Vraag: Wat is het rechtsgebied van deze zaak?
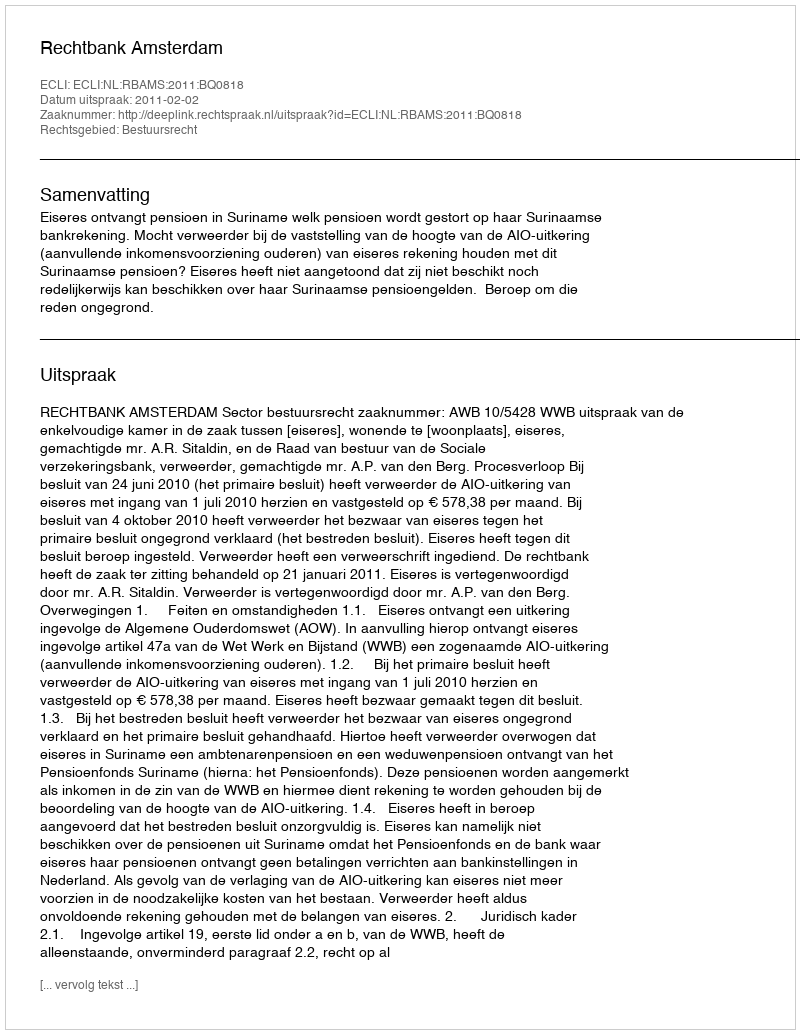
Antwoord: Bestuursrecht